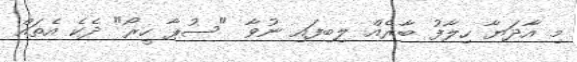
މި އާދަޔާ ހިލާފު ބާރެއް ލިބިފައި ނުވާ "ސުޕާ ހީރޯ" ދެކެ އެތައް